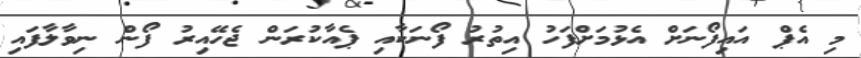
މި އެޕް އައިފޯނަށް އެޅުމަށްފަހު އިތުރު ފޯނަކާއި ޕެއާކުރަން ޖެހޭއިރު ފޯން ނިވާލާފައި